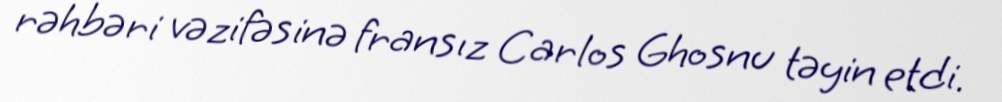
rəhbəri vəzifəsinə fransız Carlos Ghosnu təyin etdi.